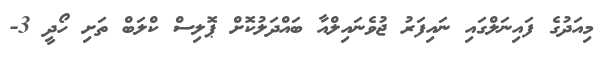
މިއަދުގެ ފައިނަލްގައި ނައިފަރު ޖުވެނައިލްއާ ބައްދަލުކޮށް ޕޮލިސް ކްލަބް ތަށި ހޯދީ 3-